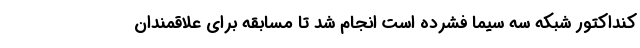
کنداکتور شبکه سه سیما فشرده است انجام شد تا مسابقه برای علاقمندان